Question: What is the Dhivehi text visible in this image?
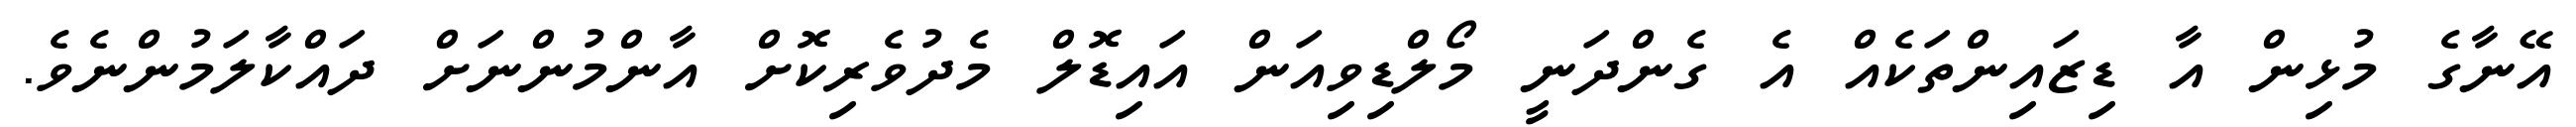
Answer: އޭނާގެ މުޅިން އާ ޑިޒައިންތަކެއް އެ ގެންދަނީ މޯލްޑިވިއަން އައިޑޮލް މެދުވެރިކޮށް އާންމުންނަށް ދައްކާލަމުންނެވެ.